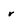
Character: r